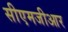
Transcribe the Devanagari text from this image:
सीएमजीआर